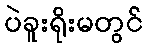
ပဲခူးရိုးမတွင်